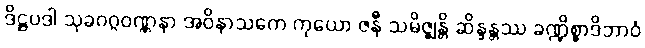
ဒိဋ္ဌပဒါ သုခဝဂ္ဂဝဏ္ဏနာ အဝိနာသကေ ကုယော ဇနီ သမိဇ္ဈန္တိ ဆိန္ဒန္တဿ ခဏ္ဍိစ္စာဒိဘာဝံ